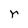
Character: r